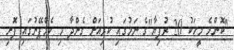
"ކޮންމެ މީހަކު 20 ރުފިޔާ"ގެ ނަމުގައި ކުރިއަށް ގެންދާ މި ކެމްޕޭނުގައި ފޮށި